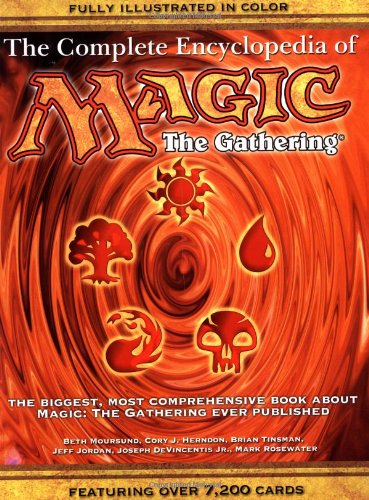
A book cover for The Complete Encyclopedia of Magic: The Gathering: The Biggest, Most Comprehensive Book About Magic: The Gathering Ever Published; Brian Tinsman; Humor & Entertainment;